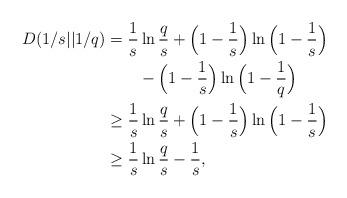
LaTeX: \begin{align*}D(1/s || 1/q) & = \frac1s \ln \frac{q}{s} + \Big(1-\frac1s\Big) \ln \Big(1-\frac1s\Big) \\& \qquad- \Big(1-\frac1s\Big)\ln\Big(1-\frac1q\Big)\\& \ge \frac1s \ln \frac{q}{s} + \Big(1-\frac1s\Big) \ln \Big(1-\frac1s\Big)\\&\ge \frac1s \ln \frac{q}{s} -\frac1s,\end{align*}